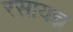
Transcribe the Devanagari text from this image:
रसायज्ञ